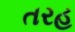
તરહ